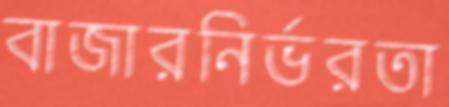
বাজারনির্ভরতা